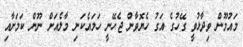
މައުމޫން ވިދާޅުވީ ގޭހުގެ އަގު ހެޔޮވާން ޖެހޭނީ ހަމައެކަނި މާލެއަށް ނޫން ކަމަށާއި